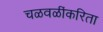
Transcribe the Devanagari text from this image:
चळवळींकरिता